system: You are a helpful assistant.
user:
Analyze the provided spectrum to determine if it is a **S-type Star**.

- **Key Indicators for S-type Star:**

    - **(Overall Spectrum Shape):** The first and most obvious characteristic is the overall continuum (the "baseline" shape). It is **extremely "red-sloping,"** meaning the flux (light intensity) is very low on the left side (blue, ~4000-4500 Å) and rises steeply and continuously toward the right side (red, ~7000 Å+).

    - **(Primary):** The spectrum is defined by the presence of strong, broad molecular absorption "valleys" (bands) from **Zirconium Oxide (ZrO)**. The identification of these bands is the **primary requirement** for classifying a star as S-type.
        - **(Key Bandheads):** You must find distinct, deep "dips" where the light has been absorbed. The most critical band systems to locate are:
            - **~6474 Å** ($\gamma$-system): This is often the strongest and clearest ZrO feature, found in the red part of the spectrum.
            - **~5718 Å** & **~5551 Å** ($\beta$-system): A pair of prominent absorption features in the yellow-orange part of the spectrum.
            - **~4640 Å** ($\alpha$-system): A key absorption band system in the blue-green region of the spectrum.

    - **(Secondary Confirmation):** The classification is strengthened by finding additional absorption bands from other related heavy element oxides, which are expected to be present alongside ZrO.
        - **(Key Bandheads):**
            - **Yttrium Oxide (YO):** Look for absorption dips near **~4800 Å** and **~6100 Å**.
            - **Lanthanum Oxide (LaO):** Additional absorption features, particularly in the red-orange part of the spectrum, are also characteristic.

    - **(Line Profile):** The combination of the steep red continuum and these numerous, deep molecular bands (ZrO, YO, etc.) gives the entire spectrum a very **"chopped-up"** or **"bumpy"** appearance. Instead of a smooth curve, the spectrum looks as though large, wide chunks of light have been "carved out" of it at the specific wavelengths listed above.

Think first, call **spectral_visualization_tool** if needed to examine features in detail, then provide your final answer. Your response must adhere to the following strict rules:
1.  **Overall Structure:** Your response must follow the format `<think>...</think> <tool_call>...</tool_call> (if a tool is used) <answer>...</answer>`.
2.  **Tool Usage Constraint:** You may only make **one** tool call per turn.
3.  **Final Answer Format:** In the `<answer>` tag, your conclusion must be inside a `\boxed{}` command (e.g., `\boxed{YES}` or `\boxed{NO}`), followed by your justification.

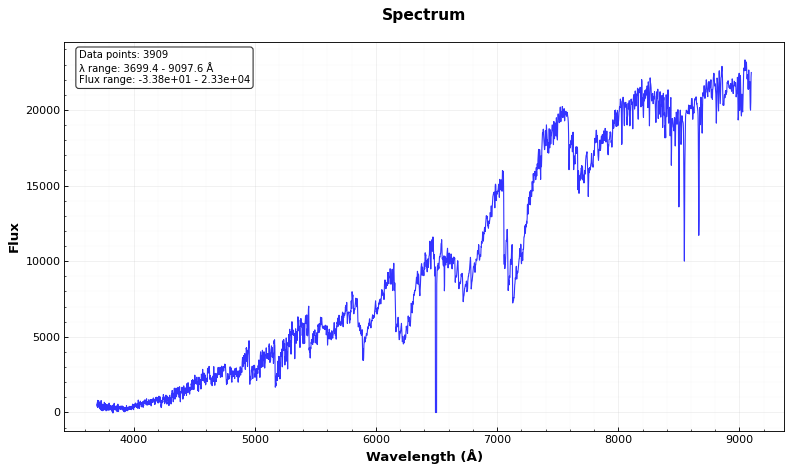
Answer: YES